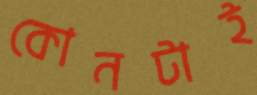
কোনটাই